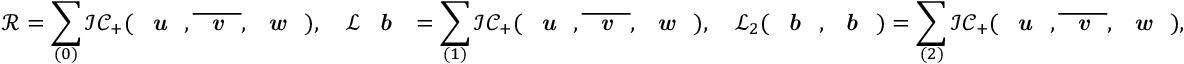
\mathcal R = \sum _ { ( 0 ) } \mathcal I \mathcal C _ { + } ( \textit { \textbf { u } } , \overline { { \textit { \textbf { v } } } } , \textit { \textbf { w } } ) , \quad \mathscr L \textit { \textbf { b } } = \sum _ { ( 1 ) } \mathcal I \mathcal C _ { + } ( \textit { \textbf { u } } , \overline { { \textit { \textbf { v } } } } , \textit { \textbf { w } } ) , \quad \mathscr L _ { 2 } ( \textit { \textbf { b } } , \textit { \textbf { b } } ) = \sum _ { ( 2 ) } \mathcal I \mathcal C _ { + } ( \textit { \textbf { u } } , \overline { { \textit { \textbf { v } } } } , \textit { \textbf { w } } ) ,